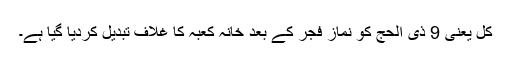
کل یعنی 9 ذی الحج کو نماز فجر کے بعد خانہ کعبہ کا غلاف تبدیل کردیا گیا ہے۔